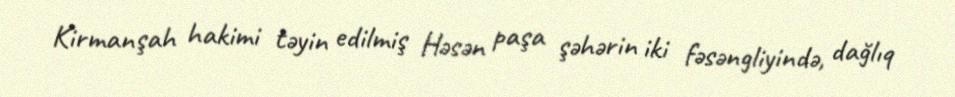
Kirmanşah hakimi təyin edilmiş Həsən paşa şəhərin iki fəsəngliyində, dağlıq